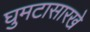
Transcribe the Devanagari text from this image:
घुमटासारखे